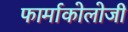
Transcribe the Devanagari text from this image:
फार्माकोलोजी